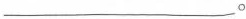
____。